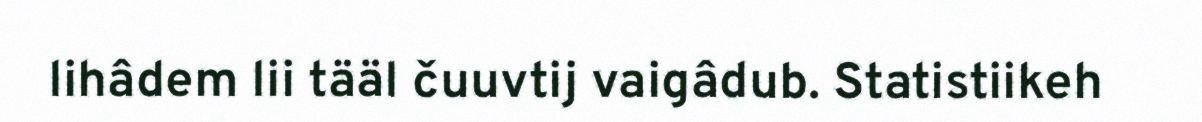
lihâdem lii tääl čuuvtij vaigâdub. Statistiikeh